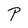
Character: P